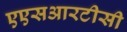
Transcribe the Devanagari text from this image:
एएसआरटीसी